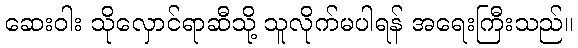
ဆေးဝါး သိုလှောင်ရာဆီသို့ သူလိုက်မပါရန် အရေးကြီးသည်။